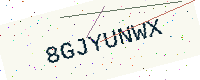
Text: 8GJYUNWX